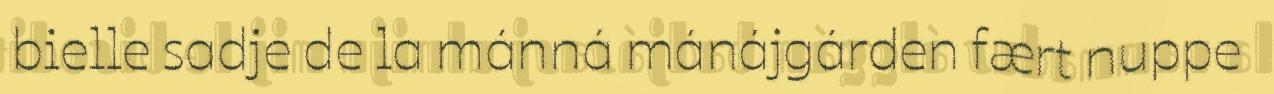
bielle sadje de la mánná mánájgárden fært nuppe